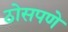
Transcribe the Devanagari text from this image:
ठोसपणे